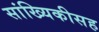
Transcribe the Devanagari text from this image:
सांख्यिकीसह